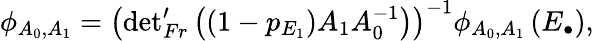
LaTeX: \phi_{A_{0},A_{1}}=\left({\operatorname*{det}}_{Fr}^{\prime}\left(\left(1-p_{E_{1}}\right)A_{1}A_{0}^{-1}\right)\right)^{-1}\phi_{A_{0},A_{1}}\left(E_{\bullet}\right),